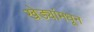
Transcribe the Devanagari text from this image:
खेड्यांमधून